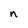
Character: n